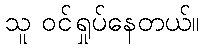
သူ ဝင်ရှုပ်နေတယ်။